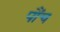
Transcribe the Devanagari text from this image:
पौंच